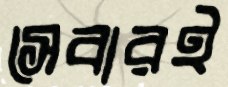
সেবারই